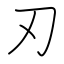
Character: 刃